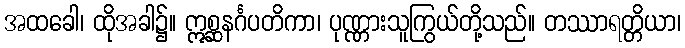
အထခေါ၊ ထိုအခါ၌။ ဣစ္ဆနင်္ဂပတိကာ၊ ပုဏ္ဏားသူကြွယ်တို့သည်။ တဿာရတ္တိယာ၊